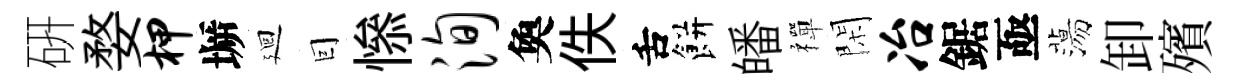
硏婺柙󶱲廻囙𢡖洵奐佚舌餅皤禪閑冶鋸亟蕩卸殯